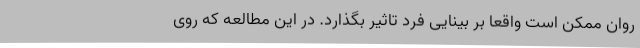
روان ممکن است واقعا بر بینایی فرد تاثیر بگذارد. در این مطالعه که روی